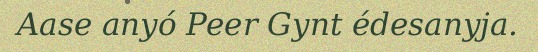
Aase anyó Peer Gynt édesanyja.